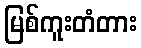
မြစ်ကူးတံတား